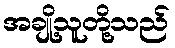
အချို့သူတို့သည်